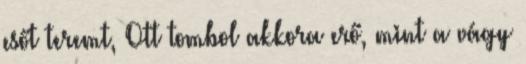
esőt teremt, Ott tombol akkora erő, mint a vágy